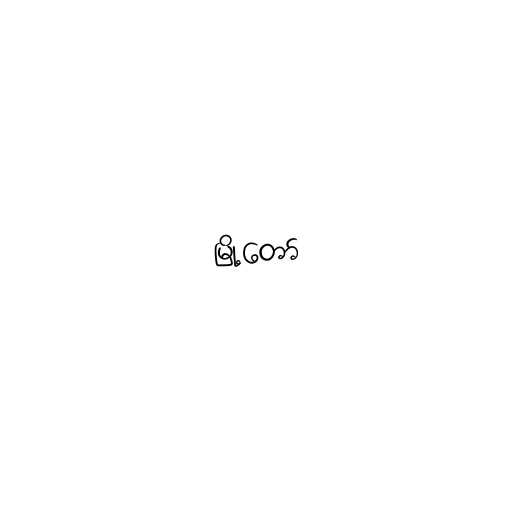
မြို့တော်